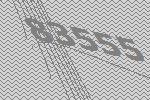
83555